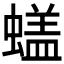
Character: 𰳙